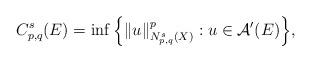
LaTeX: \begin{align*}C_{p,q}^s(E)=\inf\Big\{\|u\|_{N_{p,q}^s(X)}^p: u\in\mathcal A'(E)\Big\},\end{align*}